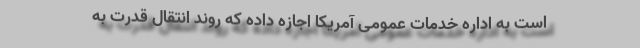
است به اداره خدمات عمومی آمریکا اجازه داده که روند انتقال قدرت به